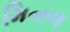
મિનળ